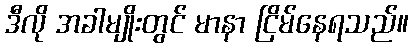
ဒီလို အခါမျိုးတွင် မာနာ ငြိမ်နေရသည်။